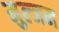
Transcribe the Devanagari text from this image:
मुल्जम